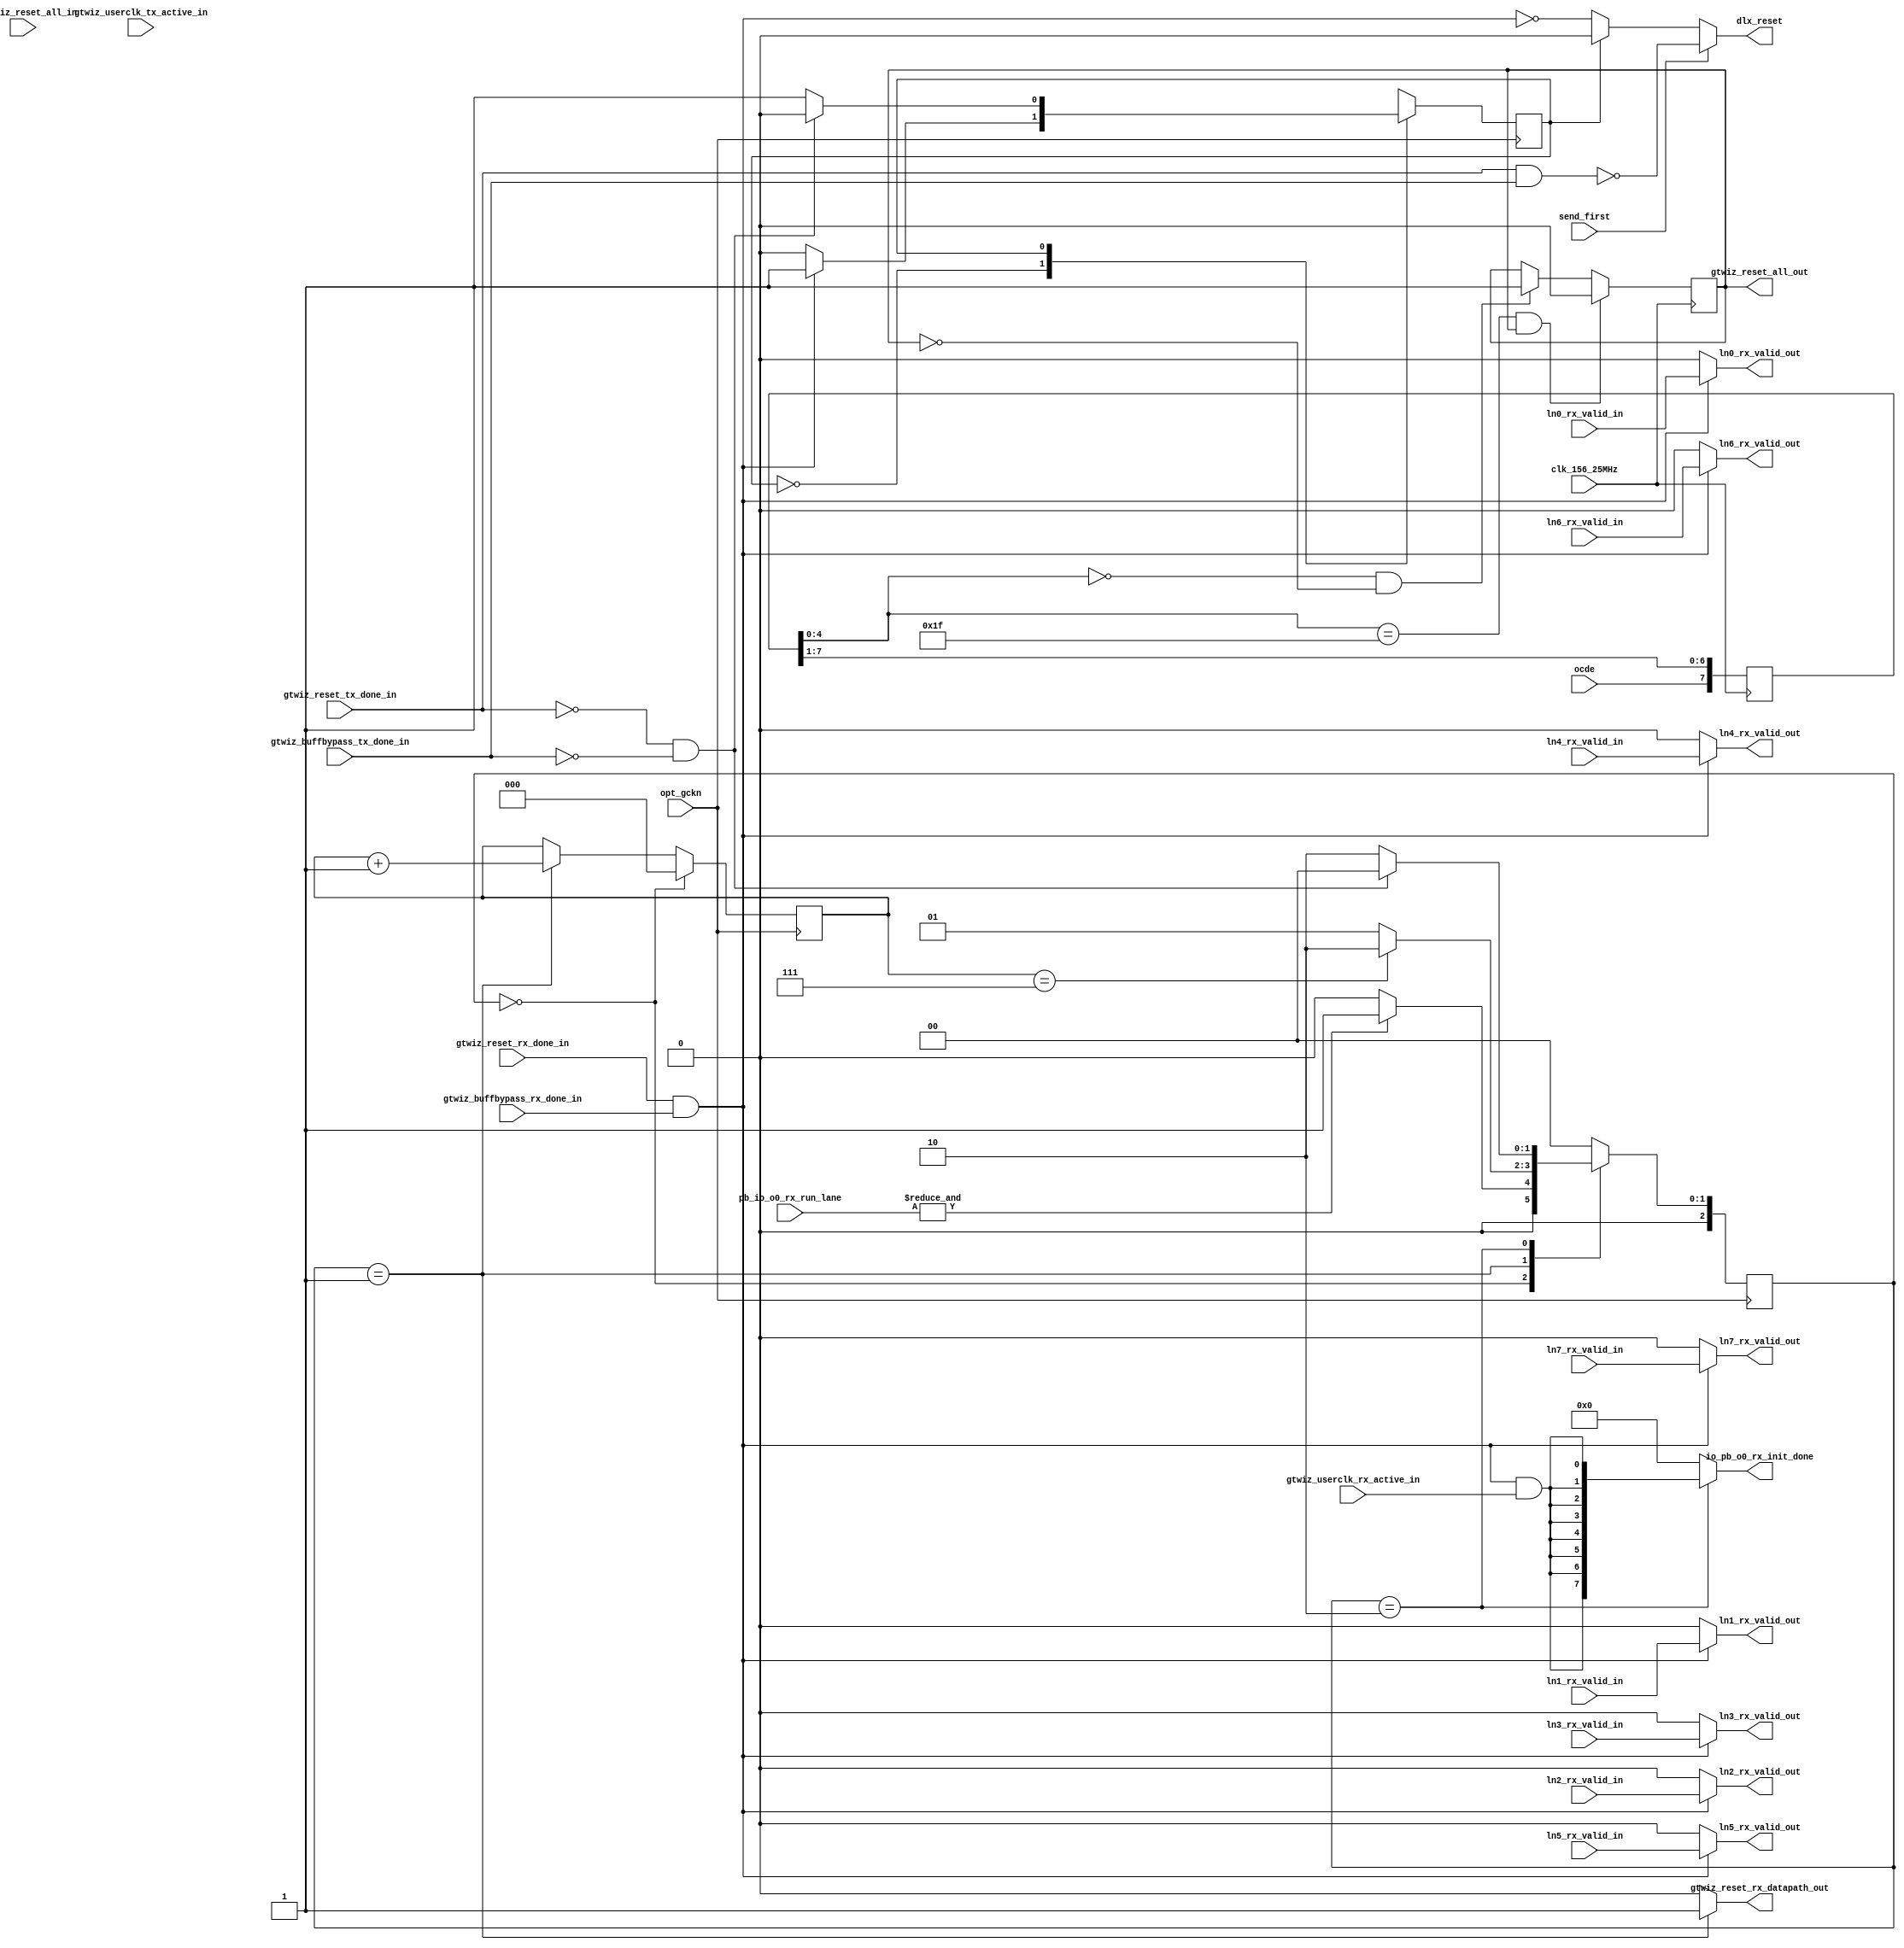
// This program was cloned from: https://github.com/OpenCAPI/ThymesisFlow
// License: Apache License 2.0

// *!***************************************************************************
// *! Copyright 2019 International Business Machines
// *!
// *! Licensed under the Apache License, Version 2.0 (the "License");
// *! you may not use this file except in compliance with the License.
// *! You may obtain a copy of the License at
// *! http://www.apache.org/licenses/LICENSE-2.0 
// *!
// *! The patent license granted to you in Section 3 of the License, as applied
// *! to the "Work," hereby includes implementations of the Work in physical form.  
// *!
// *! Unless required by applicable law or agreed to in writing, the reference design
// *! distributed under the License is distributed on an "AS IS" BASIS,
// *! WITHOUT WARRANTIES OR CONDITIONS OF ANY KIND, either express or implied.
// *! See the License for the specific language governing permissions and
// *! limitations under the License.
// *! 
// *! The background Specification upon which this is based is managed by and available from
// *! the OpenCAPI Consortium.  More information can be found at https://opencapi.org. 
// *!***************************************************************************
//------------------------------------------------------------------------
//--
//-- TITLE:    ocx_dlx_xlx_if.v
//-- FUNCTION: Shim for reset logic between Xilinx GTY Transceivers
//--           and DLx logic
//--
//------------------------------------------------------------------------

module ocx_dlx_xlx_if(
// Clocks 
   clk_156_25MHz                // --  < input
  ,opt_gckn                     // --  < input
  
// Xilinx PHY Signals 
  ,ocde                         // --  > input
  ,hb_gtwiz_reset_all_in        // --  > input
  ,gtwiz_reset_all_out          // --  < output
  ,gtwiz_reset_rx_datapath_out  // --  < output
  ,gtwiz_reset_tx_done_in       // --  < input
  ,gtwiz_reset_rx_done_in       // --  < input
  ,gtwiz_buffbypass_tx_done_in  // --  < input
  ,gtwiz_buffbypass_rx_done_in  // --  < input
  ,gtwiz_userclk_tx_active_in   // --  < input
  ,gtwiz_userclk_rx_active_in   // --  < input
                        
// DLx Signals                        
  ,dlx_reset                    // --  < output
  ,io_pb_o0_rx_init_done        // --  < output
  ,pb_io_o0_rx_run_lane         // --  < input
  
  ,send_first                   // --  < input
  
  ,ln0_rx_valid_in              // --  < input
  ,ln1_rx_valid_in              // --  < input
  ,ln2_rx_valid_in              // --  < input
  ,ln3_rx_valid_in              // --  < input
  ,ln4_rx_valid_in              // --  < input
  ,ln5_rx_valid_in              // --  < input
  ,ln6_rx_valid_in              // --  < input
  ,ln7_rx_valid_in              // --  < input
  ,ln0_rx_valid_out             // --  > ouput
  ,ln1_rx_valid_out             // --  > ouput
  ,ln2_rx_valid_out             // --  > ouput
  ,ln3_rx_valid_out             // --  > ouput
  ,ln4_rx_valid_out             // --  > ouput
  ,ln5_rx_valid_out             // --  > ouput
  ,ln6_rx_valid_out             // --  > ouput
  ,ln7_rx_valid_out             // --  > ouput
);
input        clk_156_25MHz; // 156.25 MHz Clock
input        opt_gckn;      // 402    MHz clock, this clock is derived from the 156.25 MHz clock and runs on the Rx Clock domain

input        ocde;
input        hb_gtwiz_reset_all_in;
output       gtwiz_reset_all_out;
output       gtwiz_reset_rx_datapath_out;
input        gtwiz_reset_tx_done_in;
input        gtwiz_reset_rx_done_in;
input        gtwiz_buffbypass_tx_done_in;
input        gtwiz_buffbypass_rx_done_in;
input        gtwiz_userclk_tx_active_in;
input        gtwiz_userclk_rx_active_in;

output       dlx_reset;
output [7:0] io_pb_o0_rx_init_done;
input  [7:0] pb_io_o0_rx_run_lane;

input        send_first; // Signal used to indicate if the DLx should wait to transmit data before or after it starts receiving data.

input        ln0_rx_valid_in;
input        ln1_rx_valid_in;
input        ln2_rx_valid_in;
input        ln3_rx_valid_in;
input        ln4_rx_valid_in;
input        ln5_rx_valid_in;
input        ln6_rx_valid_in;
input        ln7_rx_valid_in;
output       ln0_rx_valid_out;
output       ln1_rx_valid_out;
output       ln2_rx_valid_out;
output       ln3_rx_valid_out;
output       ln4_rx_valid_out;
output       ln5_rx_valid_out;
output       ln6_rx_valid_out;
output       ln7_rx_valid_out;

//--************************************************************
//--Retrain Xilinx PHY for faster data rate
//--************************************************************
//--   Note:  After the sync pattern is detected, the Xilinx PHY receiver needs to be reset in order to center the eye
//--          at the faster data rate.  In order to do this, gtwiz_reset_rx_datapath_out needs to be asserted for a 
//--          minimum of one clock cycle of the clock used to source the design. For this design, 156.25 MHz Clock


parameter [2:0] find_sync        = 3'b000; //-- State that makes sure all the lanes have received the sync patter before resetting
                                           //-- the Xilinx transceiver and retraining the eye
parameter [2:0] hold_pulse       = 3'b001; //-- Holds the Xilinx transceiver's receiver in reset for a certain duration
                                           //-- Note: Minimum duration has to be as long as the clock used to source the PLLs
parameter [2:0] pulse_done       = 3'b010; //-- Transitions the Xilinx transceiver's receiver reset signal to low. 
reg       [2:0] pulse_count_q    ;
wire      [2:0] pulse_count_din; 
reg       [2:0] xtsm_q           ;
reg       [2:0] xtsm_din         ;

assign gtwiz_reset_rx_datapath_out = (xtsm_q == hold_pulse) ? 1'b1 : 1'b0;                                    

assign pulse_count_din[2:0]        = (xtsm_q == find_sync)  ? 3'b000              :
                                     (xtsm_q == hold_pulse) ? (pulse_count_q[2:0] + 3'b001) :
                                                              (pulse_count_q[2:0]);
 

//-- Reset Xilinx Transceiver's receiver state machine after sync pattern is detected and need to recenter eye at faster data rate
always @ (*)
begin
      case (xtsm_q[2:0])
        find_sync  : xtsm_din[2:0]   = (&pb_io_o0_rx_run_lane)   ? hold_pulse : 
                                                                   find_sync;   //-- Sync pattern detected, reset transceiver's receiver logic
        hold_pulse : xtsm_din[2:0]   = (pulse_count_q == 3'b111) ? pulse_done : 
                                                                   hold_pulse;  //-- after pulse is held for 7 clock cycles, transition low.                                              
        pulse_done : xtsm_din[2:0]   = (~gtwiz_reset_tx_done_in & ~gtwiz_buffbypass_tx_done_in)   ? find_sync  :
                                                                                                    pulse_done;  //-- Transceiver was reset --> DLx needs to retrain        
        default:     xtsm_din[2:0]   = find_sync;
      endcase 
end
      

 assign io_pb_o0_rx_init_done = (xtsm_q == pulse_done) ? {8{gtwiz_reset_rx_done_in & gtwiz_buffbypass_rx_done_in & gtwiz_userclk_rx_active_in}} :
                                                          8'b0;

always @ (posedge opt_gckn) begin
  pulse_count_q <= pulse_count_din;
  xtsm_q        <= xtsm_din;
end



//--************************************************************
//--Determine when to first start sending pattern 'A' 
//--************************************************************
//--   Note: In the 2 DLx/Transceiver design, one DLx should start transmitting pattern 'A' first while the other one waits
//--         to receive it before it starts transmitting the same pattern 'A'.
//--
//--         send_first = 1'b0 : wait until the Xilinx receiver is initialized (receiving data) before transmitting pattern 'A'
//--         send_first = 1'b1 : start transmitting pattern 'A' as soon as the Xilinx transmitter is initialized

reg   rec_first_xtsm_q   ;
reg   rec_first_xtsm_din ;


assign dlx_reset = (send_first)                ? ~(gtwiz_reset_tx_done_in & gtwiz_buffbypass_tx_done_in) :
                   (rec_first_xtsm_q == 1'b0)  ? ~(gtwiz_reset_rx_done_in & gtwiz_buffbypass_rx_done_in) :
                                                1'b0;

always @ (*)
begin
      case (rec_first_xtsm_q)
        1'b0 :   rec_first_xtsm_din = (gtwiz_reset_rx_done_in & gtwiz_buffbypass_rx_done_in)     ? 1'b1 : 1'b0;
        1'b1 :   rec_first_xtsm_din = (~gtwiz_reset_tx_done_in & ~gtwiz_buffbypass_tx_done_in)   ? 1'b0 : 1'b1;
        default: rec_first_xtsm_din = 1'b0;
      endcase
end
always @ (posedge opt_gckn) begin
  rec_first_xtsm_q <= rec_first_xtsm_din;
end
                   
//-- Debounce Circuit
reg  [7:0] ocde_q;
wire [7:0] ocde_din;
wire       reset_all_out;
wire       reset_all_out_din;
reg        reset_all_out_q;

assign ocde_din[7:0] = {ocde, ocde_q[7:1]};
assign reset_all_out = ((ocde_q[4:0] == 5'b11111) &  reset_all_out_q) ? 1'b0 :
                       ((ocde_q[4:0] == 5'b00000) & ~reset_all_out_q) ? 1'b1 :
                                                                        reset_all_out_q;
assign gtwiz_reset_all_out = reset_all_out_q; 
assign reset_all_out_din   = reset_all_out;

always @ (posedge clk_156_25MHz) begin
    ocde_q          <= ocde_din;
    reset_all_out_q <= reset_all_out_din;
end


//--************************************************************
//--Make sure lane valid signal is only true if transceiver is initialized
//--************************************************************
assign ln0_rx_valid_out = (gtwiz_reset_rx_done_in & gtwiz_buffbypass_rx_done_in) ? ln0_rx_valid_in : 1'b0;
assign ln1_rx_valid_out = (gtwiz_reset_rx_done_in & gtwiz_buffbypass_rx_done_in) ? ln1_rx_valid_in : 1'b0;                                                                                   
assign ln2_rx_valid_out = (gtwiz_reset_rx_done_in & gtwiz_buffbypass_rx_done_in) ? ln2_rx_valid_in : 1'b0;                                                                                   
assign ln3_rx_valid_out = (gtwiz_reset_rx_done_in & gtwiz_buffbypass_rx_done_in) ? ln3_rx_valid_in : 1'b0;                                                                                  
assign ln4_rx_valid_out = (gtwiz_reset_rx_done_in & gtwiz_buffbypass_rx_done_in) ? ln4_rx_valid_in : 1'b0;                                                                                   
assign ln5_rx_valid_out = (gtwiz_reset_rx_done_in & gtwiz_buffbypass_rx_done_in) ? ln5_rx_valid_in : 1'b0;                                                                                        
assign ln6_rx_valid_out = (gtwiz_reset_rx_done_in & gtwiz_buffbypass_rx_done_in) ? ln6_rx_valid_in : 1'b0;                                                                                        
assign ln7_rx_valid_out = (gtwiz_reset_rx_done_in & gtwiz_buffbypass_rx_done_in) ? ln7_rx_valid_in : 1'b0;    

                                                                           
endmodule // -- ocx_dlx_xlx_if